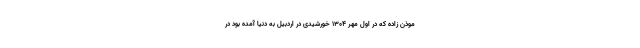
موذن زاده که در اول مهر ۱۳۰۴ خورشیدی در اردبیل به ‌دنیا آمده بود در